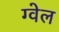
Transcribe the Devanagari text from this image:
ग्वेल